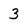
Character: 3